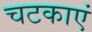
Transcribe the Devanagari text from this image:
चटकाएं